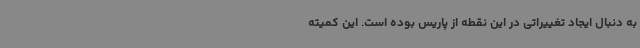
به دنبال ایجاد تغییراتی در این نقطه از پاریس بوده است. این کمیته